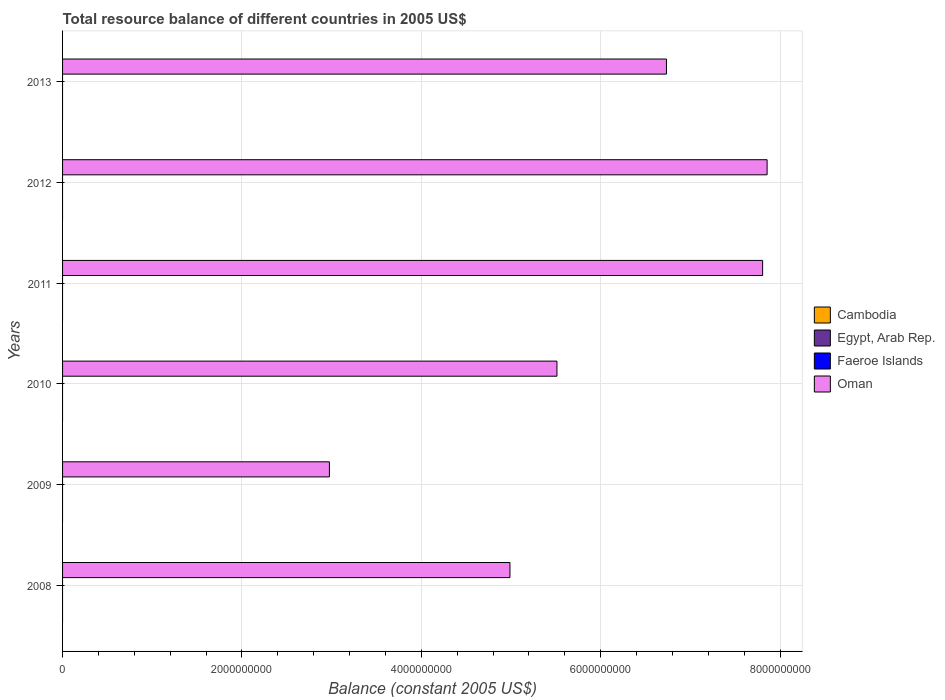
| Years | Cambodia | Egypt, Arab Rep. | Faeroe Islands | Oman |
 | --- | --- | --- | --- | --- |
 | 2008 | -9.37e+11 | -5.01e+10 | -1.12e+09 | 4.99e+09 |
 | 2009 | -2.88e+12 | -6.92e+10 | -8.51e+08 | 2.98e+09 |
 | 2010 | -2.56e+12 | -6.32e+10 | -4.78e+08 | 5.51e+09 |
 | 2011 | -2.82e+12 | -5.65e+10 | -8.1e+08 | 7.80e+09 |
 | 2012 | -2.73e+12 | -1.33e+11 | -2.04e+09 | 7.86e+09 |
 | 2013 | -3.23e+12 | -1.18e+11 | -9.51e+08 | 6.73e+09 |